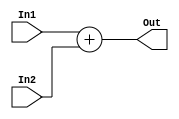
`timescale 1ns / 1ps

module Adder #(parameter AWL = 6, DWL = 32, DEPTH = 2**AWL)
              (input [DWL-1:0] In1, In2,
               output reg [DWL-1:0] Out);
    
    always @ (*) begin
        Out = In1 + In2;
    end    
    
endmodule